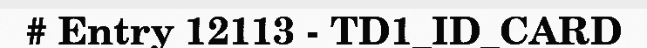
# Entry 12113 - TD1_ID_CARD